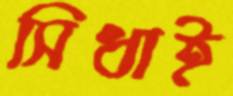
সিধাই